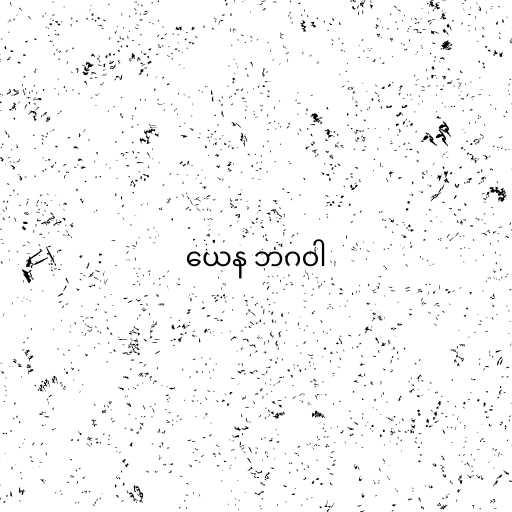
ယေန ဘဂဝါ